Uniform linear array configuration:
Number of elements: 48
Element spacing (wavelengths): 0.25
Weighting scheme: hamming
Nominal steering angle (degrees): -15
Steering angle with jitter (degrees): -15.015
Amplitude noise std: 0.05
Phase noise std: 0.05

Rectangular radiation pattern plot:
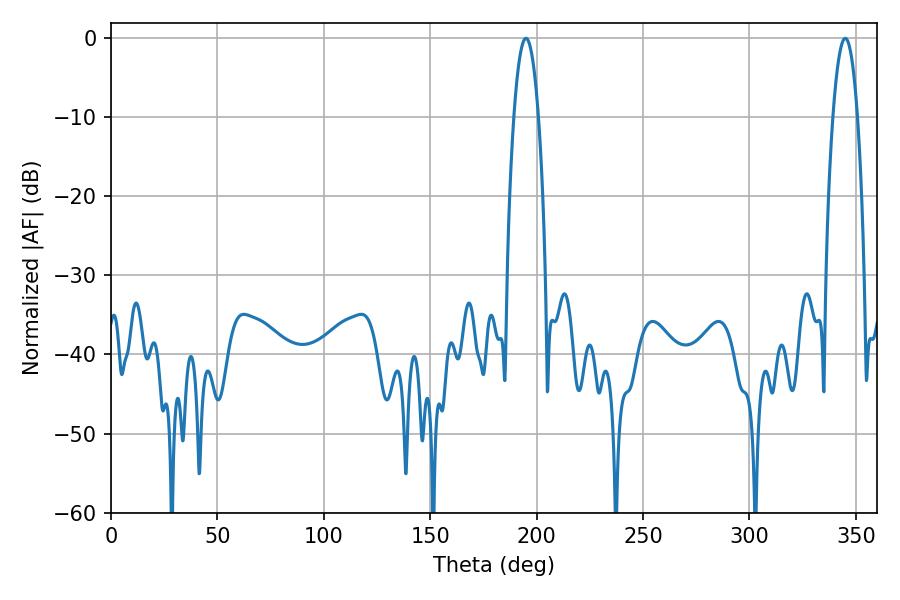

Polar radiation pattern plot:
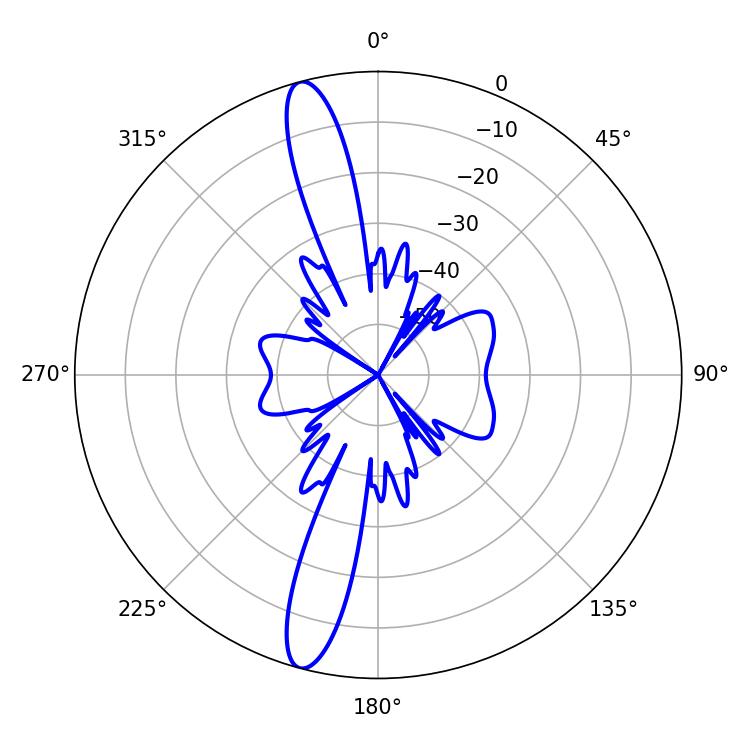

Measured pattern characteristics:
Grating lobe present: FALSE
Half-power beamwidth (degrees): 6.3
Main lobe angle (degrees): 194.94